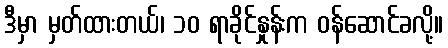
ဒီမှာ မှတ်ထားတယ်၊ ၁၀ ရာခိုင်နှုန်းက ဝန်ဆောင်ခလို့။